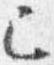
已